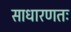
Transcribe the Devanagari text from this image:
साधारणतः